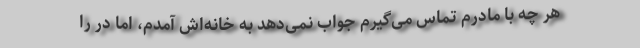
هر چه با مادرم تماس می‌گیرم جواب نمی‌دهد به خانه‌اش آمدم، اما در را